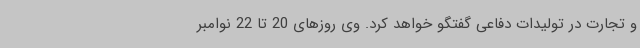
و تجارت در تولیدات دفاعی گفتگو خواهد کرد. وی روزهای 20 تا 22 نوامبر